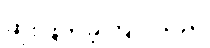
ဆုံးဖြတ်ခဲ့ကြပါသည်